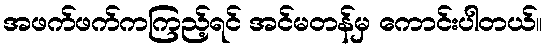
အဖက်ဖက်ကကြည့်ရင် အင်မတန်မှ ကောင်းပါတယ်။